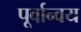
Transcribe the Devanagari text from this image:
पूर्वान्वय